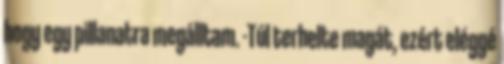
hogy egy pillanatra megálltam. -Túl terhelte magát, ezért eléggé